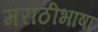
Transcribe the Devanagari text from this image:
मराठीभाषा